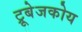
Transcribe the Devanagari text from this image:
ट्रूबेजकोय